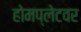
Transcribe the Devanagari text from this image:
होमप्लेटवर